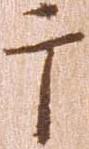
于